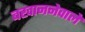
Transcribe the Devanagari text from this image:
बखाननेवाले